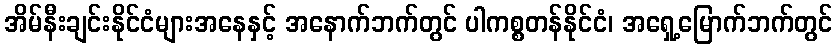
အိမ်နီးချင်းနိုင်ငံများအနေနှင့် အနောက်ဘက်တွင် ပါကစ္စတန်နိုင်ငံ၊ အရှေ့မြောက်ဘက်တွင်